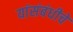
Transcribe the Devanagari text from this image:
यांसंबंधीचे